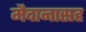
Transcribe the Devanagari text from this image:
मैदानासह